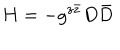
LaTeX: H = - g ^ { z \bar { z } } D \bar { D }